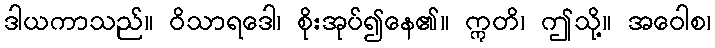
ဒါယကာသည်။ ဝိသာရဒေါ၊ စိုးအုပ်၍နေ၏။ ဣတိ၊ ဤသို့။ အဝေါစ၊